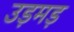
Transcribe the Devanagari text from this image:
उड़मड़